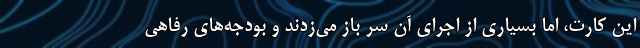
این کارت، اما بسیاری از اجرای آن سر باز می‌زدند و بودجه‌های رفاهی